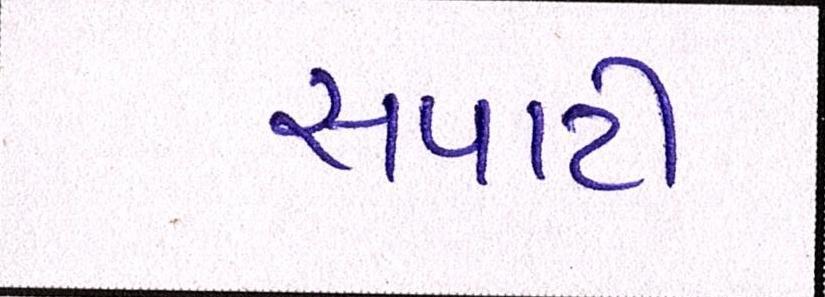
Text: સપાટી